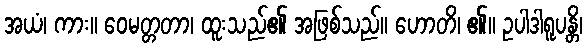
အယံ၊ ကား။ ဝေမတ္တတာ၊ ထူးသည်၏ အဖြစ်သည်။ ဟောတိ၊ ၏။ ဥပါဒါရူပန္တိ၊